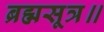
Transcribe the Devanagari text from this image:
ब्रह्मसूत्र॥